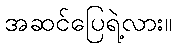
အဆင်ပြေရဲ့လား။